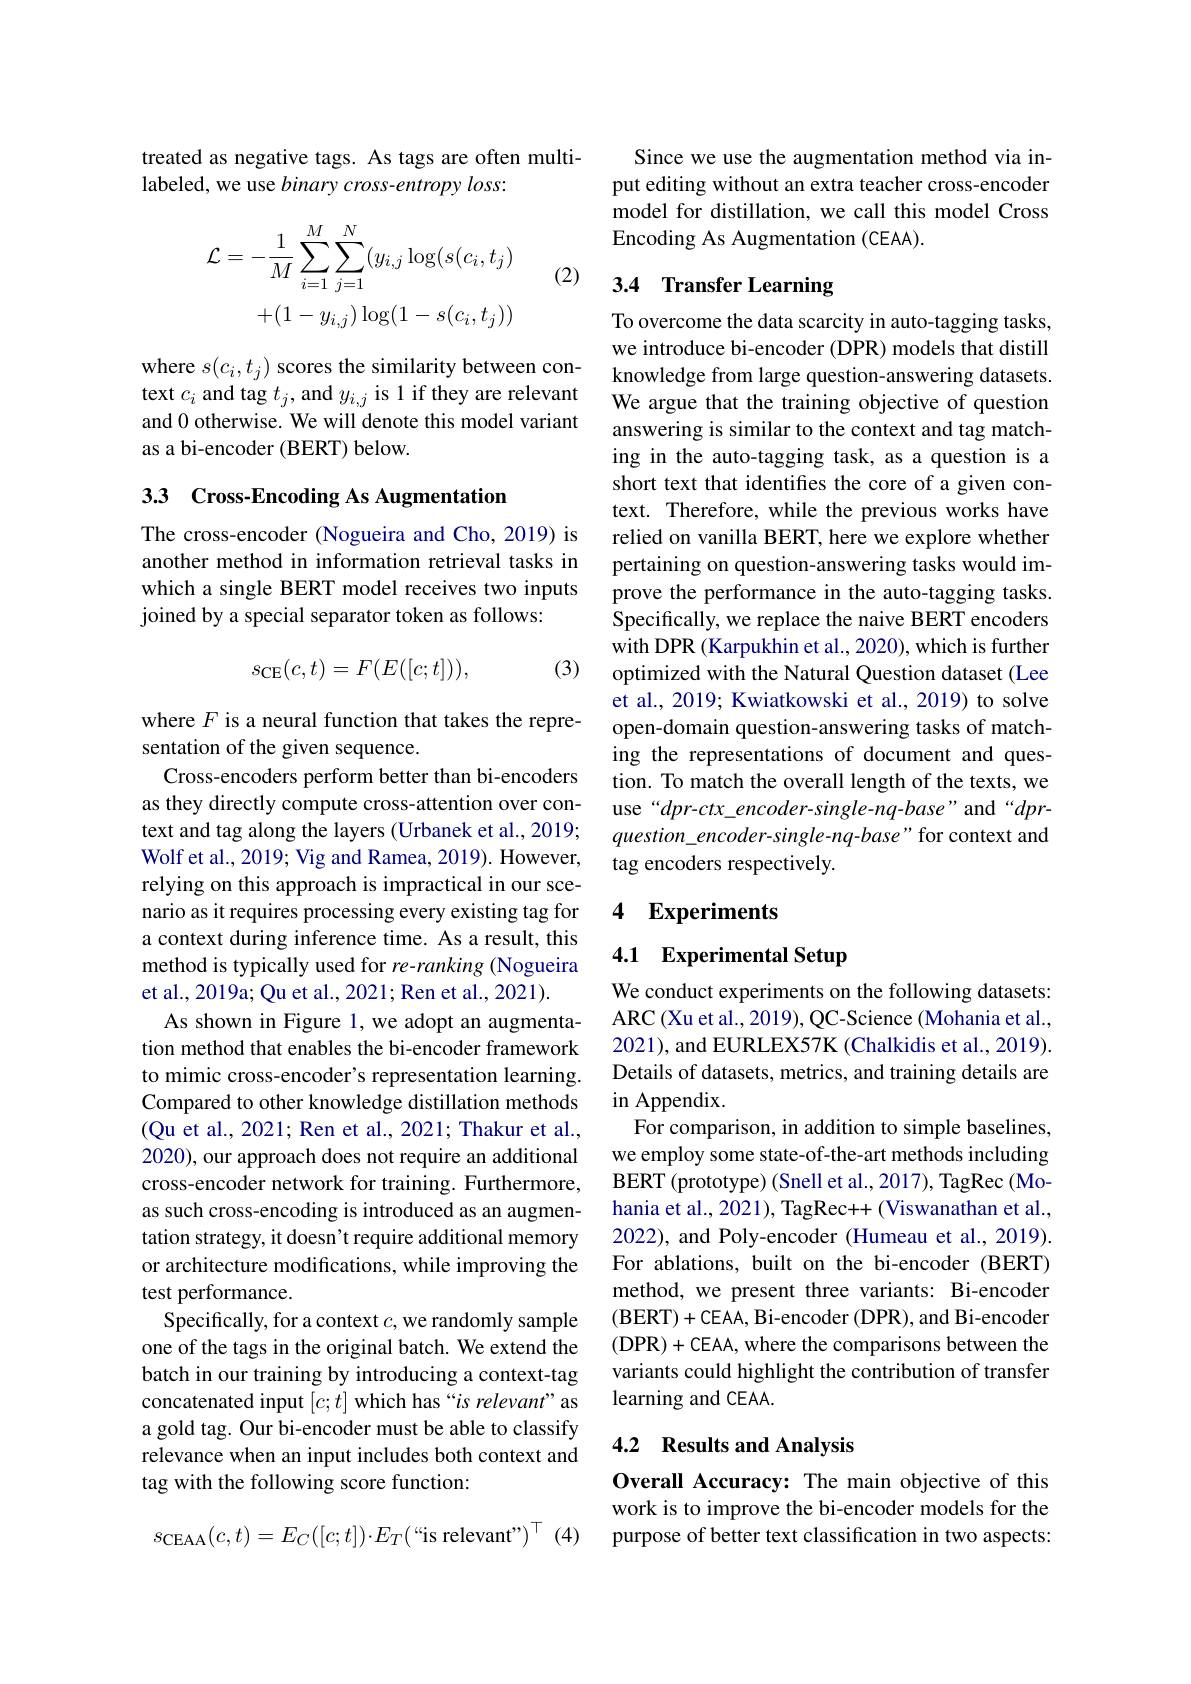
treated as negative tags. As tags are often multi-
labeled, we use binary cross-entropy loss:

(2)
$$\begin{aligned}\mathcal{L}&=-\frac{1}{M}\sum_{i=1}^{M}\sum_{j=1}^{N}(y_{i,j}\log(s(c_{i},t_{j})\\&+(1-y_{i,j})\log(1-s(c_{i},t_{j}))\end{aligned}$$
where $s(c_i,t_j)$ scores the similarity between context $c_i$ and tag $t_j$, and $y_{i,j}$ is 1 if they are relevant and 0 otherwise. We will denote this model variant as a bi-encoder (BERT) below.

# 3.3 Cross-Encoding As Augmentation

The cross-encoder (Nogueira and Cho, 2019) is another method in information retrieval tasks in which a single BERT model receives two inputs joined by a special separator token as follows:
$$s_{\mathrm{CE}}(c,t)=F(E([c;t])),$$
(3)

where $F$ is a neural function that takes the repre-
sentation of the given sequence.
Cross-encoders perform better than bi-encoders as they directly compute cross-attention over context and tag along the layers (Urbanek et al., 2019; Wolf et al., 2019; Vig and Ramea, 2019). However, relying on this approach is impractical in our scenario as it requires processing every existing tag for a context during inference time. As a result, this method is typically used for re-ranking (Nogueira et al., 2019a; Qu et al., 2021; Ren et al., 2021).
As shown in Figure 1, we adopt an augmentation method that enables the bi-encoder framework to mimic cross-encoder's representation learning. Compared to other knowledge distillation methods (Qu et al., 2021; Ren et al., 2021; Thakur et al., 2020), our approach does not require an additional cross-encoder network for training. Furthermore, as such cross-encoding is introduced as an augmentation strategy, it doesn't require additional memory or architecture modifications, while improving the test performance.
Specifically, for a context $c$, we randomly sample one of the tags in the original batch. We extend the batch in our training by introducing a context-tag concatenated input $[c;t]$ which has “is relevant”as a gold tag. Our bi-encoder must be able to classify relevance when an input includes both context and tag with the following score function:
$s_{\mathrm{CEAA}}(c,t)=E_{C}([c;t])\cdotp E_{T}(`$is relevant"$)^\top(4)$

Since we use the augmentation method via input editing without an extra teacher cross-encoder model for distillation, we call this model Cross Encoding As Augmentation (CEAA).

## 3.4 Transfer Learning

To overcome the data scarcity in auto-tagging tasks, we introduce bi-encoder (DPR) models that distill knowledge from large question-answering datasets. We argue that the training objective of question answering is similar to the context and tag matching in the auto-tagging task, as a question is a short text that identifies the core of a given context. Therefore, while the previous works have relied on vanilla BERT, here we explore whether pertaining on question-answering tasks would improve the performance in the auto-tagging tasks. Specifically, we replace the naive BERT encoders with DPR (Karpukhin et al., 2020), which is further optimized with the Natural Question dataset (Lee et al., 2019; Kwiatkowski et al., 2019) to solve open-domain question-answering tasks of matching the representations of document and question. To match the overall length of the texts, we $use“dpr-ctx\_encoder-single-nq-base”and“dpr-$ question\_encoder-single-nq-base" for context and tag encoders respectively.

### 4 Experiments

# 4.1 Experimental Setup

We conduct experiments on the following datasets: ARC (Xu et al., 2019), QC-Science (Mohania et al., 2021), and EURLEX57K (Chalkidis et al., 2019). Details of datasets, metrics, and training details are in Appendix.
For comparison, in addition to simple baselines, we employ some state-of-the-art methods including BERT (prototype) (Snell et al., 2017), TagRec (Mohania et al., 2021), TagRec++ (Viswanathan et al., 2022), and Poly-encoder (Humeau et al., 2019). For ablations, built on the bi-encoder (BERT) method, we present three variants: Bi-encoder (BERT)+CEAA, Bi-encoder (DPR), and Bi-encoder (DPR)+CEAA, where the comparisons between the variants could highlight the contribution of transfer learning and CEAA.

## 4.2 Results and Analysis

Overall Accuracy: The main objective of this work is to improve the bi-encoder models for the purpose of better text classification in two aspects: